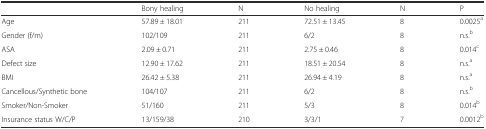
|  | Bony healing | N | No healing | N | P |
 | --- | --- | --- | --- | --- | --- |
 | Age | 57.89 ± 18.01 | 211 | 72.51 ± 13.45 | 8 | 0.0025a |
 | Gender (f/m) | 102/109 | 211 | 6/2 | 8 | n.s.b |
 | ASA | 2.09 ± 0.71 | 211 | 2.75 ± 0.46 | 8 | 0.014c |
 | Defect size | 12.90 ± 17.62 | 211 | 18.51 ± 20.54 | 8 | n.s.a |
 | BMI | 26.42 ± 5.38 | 211 | 26.94 ± 4.19 | 8 | n.s.a |
 | Cancellous/Synthetic bone | 104/107 | 211 | 6/2 | 8 | n.s.b |
 | Smoker/Non-Smoker | 51/160 | 211 | 5/3 | 8 | 0.014b |
 | Insurance status W/C/P | 13/159/38 | 210 | 3/3/1 | 7 | 0.0012b |